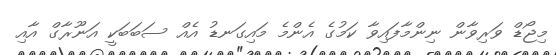
މިޖޯޑް ވަރިވާން ނިންމާފައިވާ ކަމުގެ އެންމެ މައިގަނޑު އެއް ސަބަބަކީ އަނޫރާގް އާއި